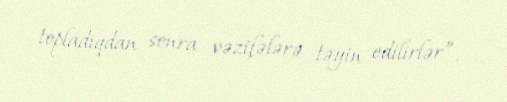
topladıqdan sonra vəzifələrə təyin edilirlər”.